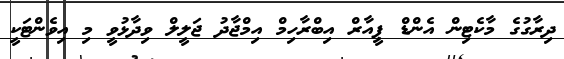
ދިރާގުގެ މާކެޓިން އެންޑް ޕީއާރް އިބްރާހިމް އިމްޖާދު ޖަލީލް ވިދާޅުވީ މި އިވެންޓަކީ